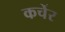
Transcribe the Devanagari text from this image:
कर्चेर